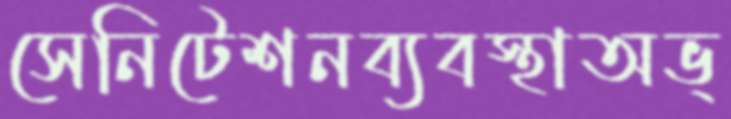
সেনিটেশনব্যবস্থাঅভ্